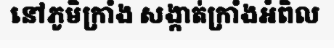
នៅភូមិក្រាំង សង្កាត់ក្រាំងអំពិល